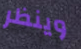
وينظر